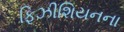
ફિઝીશિયનના